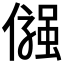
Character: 𠍋